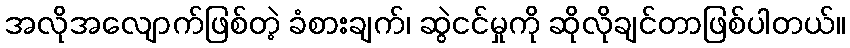
အလိုအလျောက်ဖြစ်တဲ့ ခံစားချက်၊ ဆွဲငင်မှုကို ဆိုလိုချင်တာဖြစ်ပါတယ်။